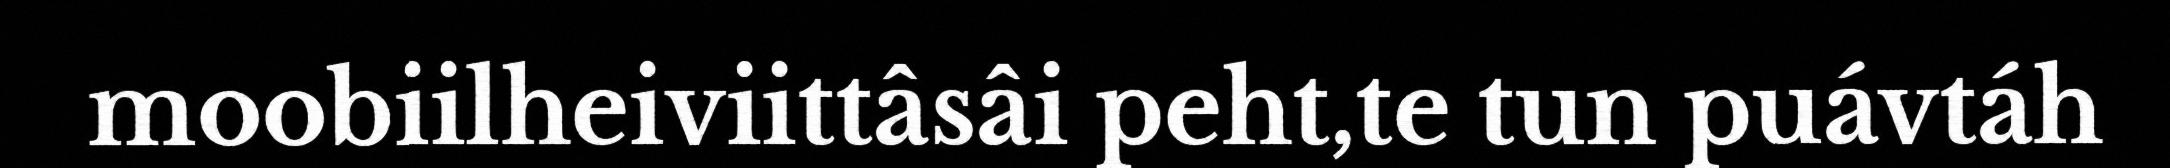
moobiilheiviittâsâi peht,te tun puávtáh